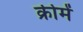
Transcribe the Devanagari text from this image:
क्रीमें